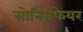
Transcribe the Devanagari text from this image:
सोनिसफेयर